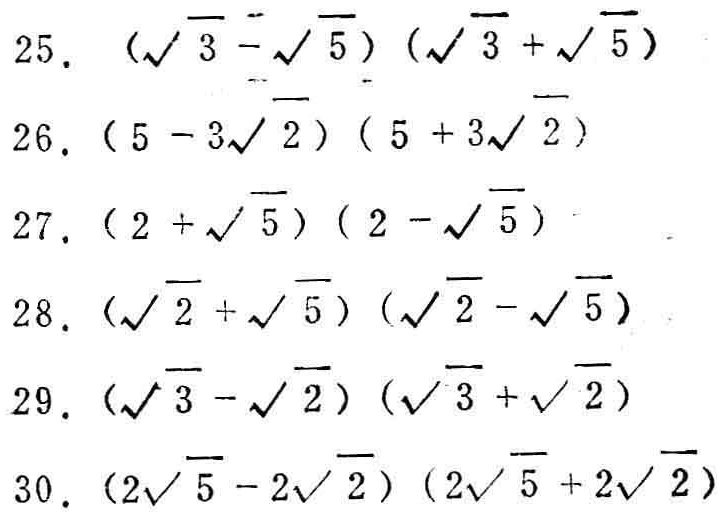
25. \((\sqrt{3}-\sqrt{5})(\sqrt{3}+\sqrt{5})\)
26. \((5 - 3\sqrt{2})(5 + 3\sqrt{2})\)
27. \((2+\sqrt{5})(2-\sqrt{5})\)
28. \((\sqrt{2}+\sqrt{5})(\sqrt{2}-\sqrt{5})\)
29. \((\sqrt{3}-\sqrt{2})(\sqrt{3}+\sqrt{2})\)
30. \((2\sqrt{5}-2\sqrt{2})(2\sqrt{5}+2\sqrt{2})\)